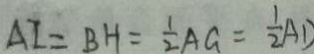
A I = B H = \frac { 1 } { 2 } A G = \frac { 1 } { 2 } A D